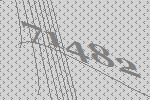
71482